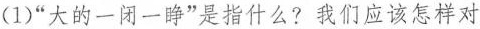
(1)”大的一闭一睁”是指什么?我们应该怎样对